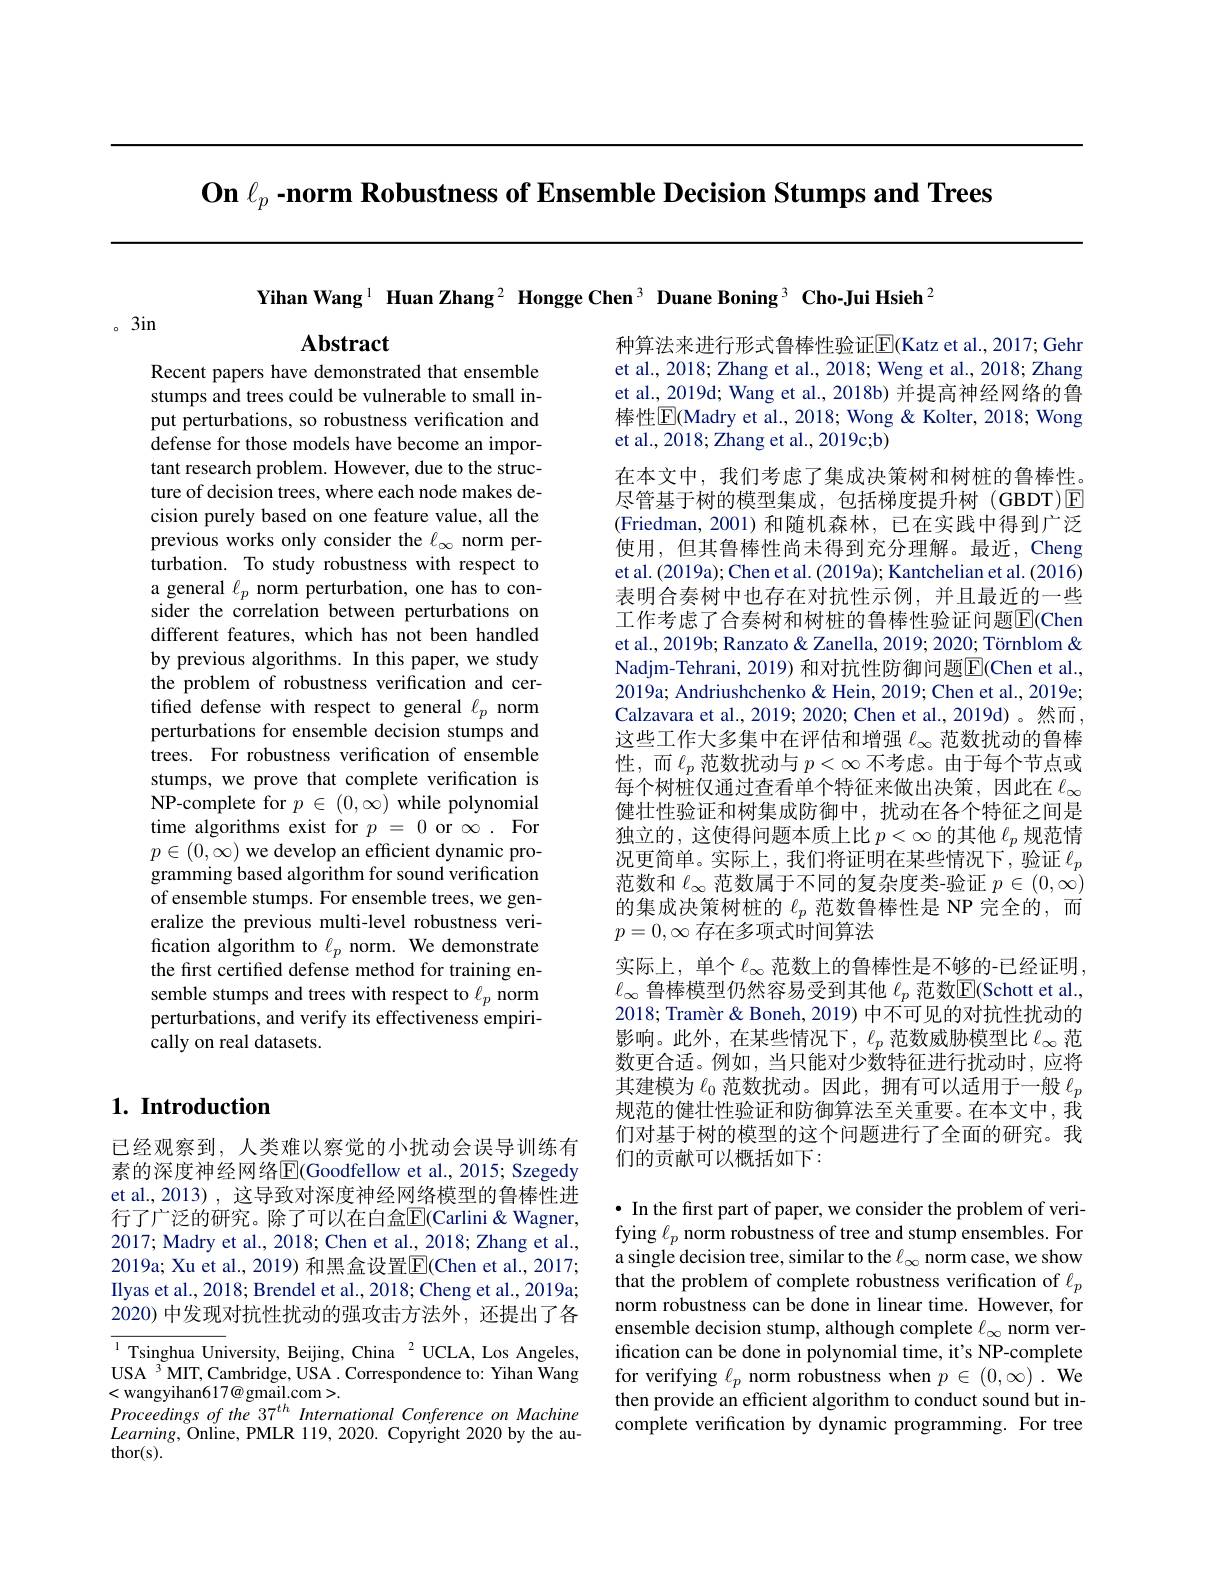
On $\ell _p\textbf{- norm Robustness of Ensemble Decision Stumps and Trees}$

Yihan Wang$^{1}$ Huan Zhang$^2\textbf{ Hongge Chen}^{3}\textbf{ Duane Boning}^{3}\textbf{ Cho-Jui Hsieh}^{2}$

。3in

$\mathbf{Abstract}$

Recent papers have demonstrated that ensemble stumps and trees could be vulnerable to small input perturbations, so robustness verification and defense for those models have become an important research problem. However, due to the structure of decision trees, where each node makes decision purely based on one feature value, all the previous works only consider the $\ell_\infty$ norm perturbation. To study robustness with respect to a general $\ell_p$ norm perturbation, one has to consider the correlation between perturbations on different features, which has not been handled by previous algorithms. In this paper, we study the problem of robustness verification and certified defense with respect to general $\ell_p$ norm perturbations for ensemble decision stumps and trees. For robustness verification of ensemble stumps, we prove that complete verification is NP-complete for $p\in(0,\infty)$ while polynomial time algorithms exist for $p=0$ or $\infty.$ For $p\in(0,\infty)$ we develop an efficient dynamic programming based algorithm for sound verification of ensemble stumps. For ensemble trees, we generalize the previous multi-level robustness verification algorithm to $\ell_p$ norm. We demonstrate the first certified defense method for training ensemble stumps and trees with respect to $\ell_p$ norm perturbations, and verify its effectiveness empirically on real datasets.

种算法来进行形式鲁棒性验证$\underline{\mathrm{E}}($Katz et al., 2017; Gehr et al., 2018; Zhang et al., 2018; Weng et al., 2018; Zhang et al., 2019d; Wang et al., 2018b) 并提高神经网络的鲁棒性$\overline{\mathrm{E}}$(Madry et al., 2018; Wong & Kolter, 2018; Wong et al., 2018; Zhang et al., 2019c;b)
在本文中，我们考虑了集成决策树和树桩的鲁棒性。尽管基于树的模型集成，包括梯度提升树(GBDT)☑ (Friedman,2001)和随机森林，已在实践中得到广泛使用，但其鲁棒性尚未得到充分理解。最近，Cheng et al. (2019a); Chen et al. (2019a); Kantchelian et al. (2016) 表明合奏树中也存在对抗性示例，并且最近的一些工作考虑了合奏树和树桩的鲁棒性验证问题$\overline{\mathbb{E}}$(Chen et al., 2019b; Ranzato & Zanella, 2019; 2020; Törnblom & Nadjm-Tehrani, 2019) 和对抗性防御问题E(Chen et al., 2019a; Andriushchenko & Hein, 2019; Chen et al., 2019e; Calzavara et al., 2019; 2020; Chen et al., 2019d) 。然而， 这些工作大多集中在评估和增强$\ell_{\infty}$范数扰动的鲁棒性，而$\ell_p$范数扰动与$p<\infty$不考虑。由于每个节点或每个树桩仅通过查看单个特征来做出决策，因此在$\ell_\infty$ 健壮性验证和树集成防御中，扰动在各个特征之间是独立的，这使得问题本质上比$p<\infty$的其他$\ell_p$规范情况更简单。实际上，我们将证明在某些情况下，验证$\ell_p$ 范数和$\ell_\infty$范数属于不同的复杂度类-验证$p\in(0,\infty)$ 的集成决策树桩的$\ell_p$范数鲁棒性是 NP 完全的，而$p=0,\infty$存在多项式时间算法
实际上，单个 $\ell_\infty$ 范数上的鲁棒性是不够的-已经证明， $\ell_{\infty}$鲁棒模型仍然容易受到其他$\ell_p$范数$\boxed{\mathrm{E}}($Schott et al., 2018; Tramèr & Boneh, 2019) 中不可见的对抗性扰动的影响。此外，在某些情况下，$\ell_p$范数威胁模型比$\ell_\infty$范数更合适。例如，当只能对少数特征进行扰动时，应将其建模为$\ell_0$范数扰动。因此，拥有可以适用于一般$\ell_p$ 规范的健壮性验证和防御算法至关重要。在本文中，我们对基于树的模型的这个问题进行了全面的研究。我们的贡献可以概括如下：

## $1. \textbf{ Introduction}$

已经观察到，人类难以察觉的小扰动会误导训练有素的深度神经网络$\overline{\mathrm{E}}($Goodfellow et al., 2015; Szegedy et al.,2013) , 这导致对深度神经网络模型的鲁棒性进行了广泛的研究。除了可以在白盒$\overline{\mathrm{E}}$(Carlini&Wagner, 2017; Madry et al., 2018; Chen et al., 2018; Zhang et al., 2019a; Xu et al., 2019) 和黑盒设置$\overline{\mathrm{E}}($Chen et al., 2017; Ilyas et al., 2018; Brendel et al., 2018; Cheng et al., 2019a; 2020) 中发现对抗性扰动的强攻击方法外，还提出了各$\overline{{^{1}\text{Tsinghua Un}}}$iversity, Beijing, China$\:^2$UCLA, Los Angeles, USA 3 MIT, Cambridge, USA . Correspondence to: Yihan Wang <wangyihan617@gmail.com>.
Proceedings of the 37$^{th}$ International Conference on Machine $Learning$,Online, PMLR 119, 2020. Copyright 2020 by the au- $thor(s).$

· In the first part of paper, we consider the problem of verifying $\ell_p$ norm robustness of tree and stump ensembles. For a single decision tree, similar to the $\ell_\infty$ norm case, we show that the problem of complete robustness verification of $\ell_p$ norm robustness can be done in linear time. However, for ensemble decision stump, although complete $\ell_\infty$ norm verification can be done in polynomial time, it's NP-complete for verifying $\ell_p$ norm robustness when $p\in(0,\infty).$ We then provide an efficient algorithm to conduct sound but incomplete verification by dynamic programming. For tree